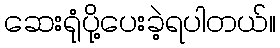
ဆေးရုံပို့ပေးခဲ့ရပါတယ်။